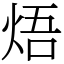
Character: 焐